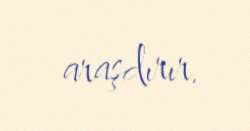
araşdırır.